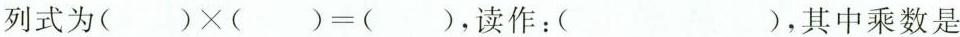
列式为$$( )×( )=( )$$，读作：( )，其中乘数是